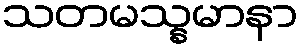
သတမသ္နမာနာ